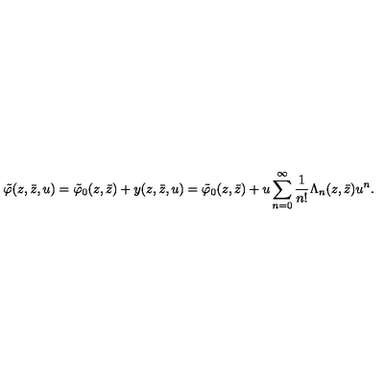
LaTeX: \tilde { \varphi } ( z , \bar { z } , u ) = \tilde { \varphi } _ { 0 } ( z , \bar { z } ) + y ( z , \bar { z } , u ) = \tilde { \varphi } _ { 0 } ( z , \bar { z } ) + u \sum _ { n = 0 } ^ { \infty } \frac { 1 } { n ! } \Lambda _ { n } ( z , \bar { z } ) u ^ { n } .